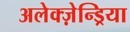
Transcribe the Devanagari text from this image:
अलेक्ज़ेन्ड्रिया